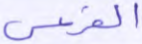
الفرعي